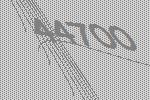
44700